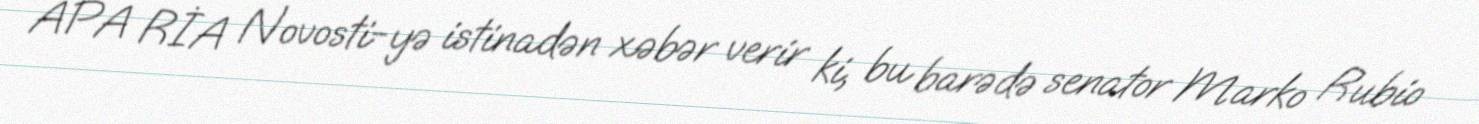
APA RİA Novosti-yə istinadən xəbər verir ki, bu barədə senator Marko Rubio